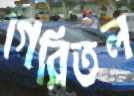
গিরিতল